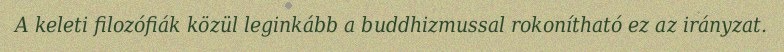
A keleti filozófiák közül leginkább a buddhizmussal rokonítható ez az irányzat.